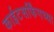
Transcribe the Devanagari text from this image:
काईटसर्फिंगच्या